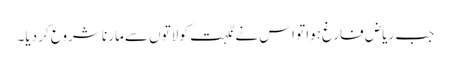
جب ریاض فارغ ہوا تو اس نے نگہت کو لاتوں سے مارنا شروع کر دیا۔